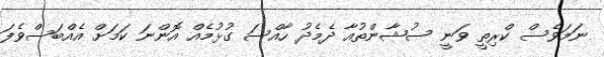
ނަމަވެސް ކްރިތީ ވަނީ ސުޝާންތުއާ ދެމެދު ހާއްސަ ގުޅުމެއް އޮންނަ ކަމަށް އެއްބަސްވެފަ